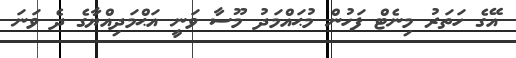
އޭގެ ހަތަރު މިނެޓް ފަހުން މުޙައްމަދު މޫސާ ވަނީ އަޙްމަދިއްޔާގެ ދެ ވަނަ